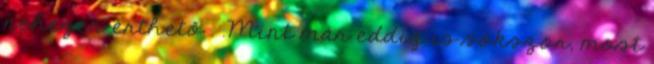
nehezen érthető . .Mint már eddig is sokszor, most